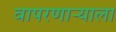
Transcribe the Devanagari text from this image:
वापरणाऱ्याला